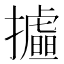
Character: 𢸉